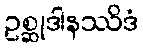
ဥစ္ဆုဒါနဿိဒံ